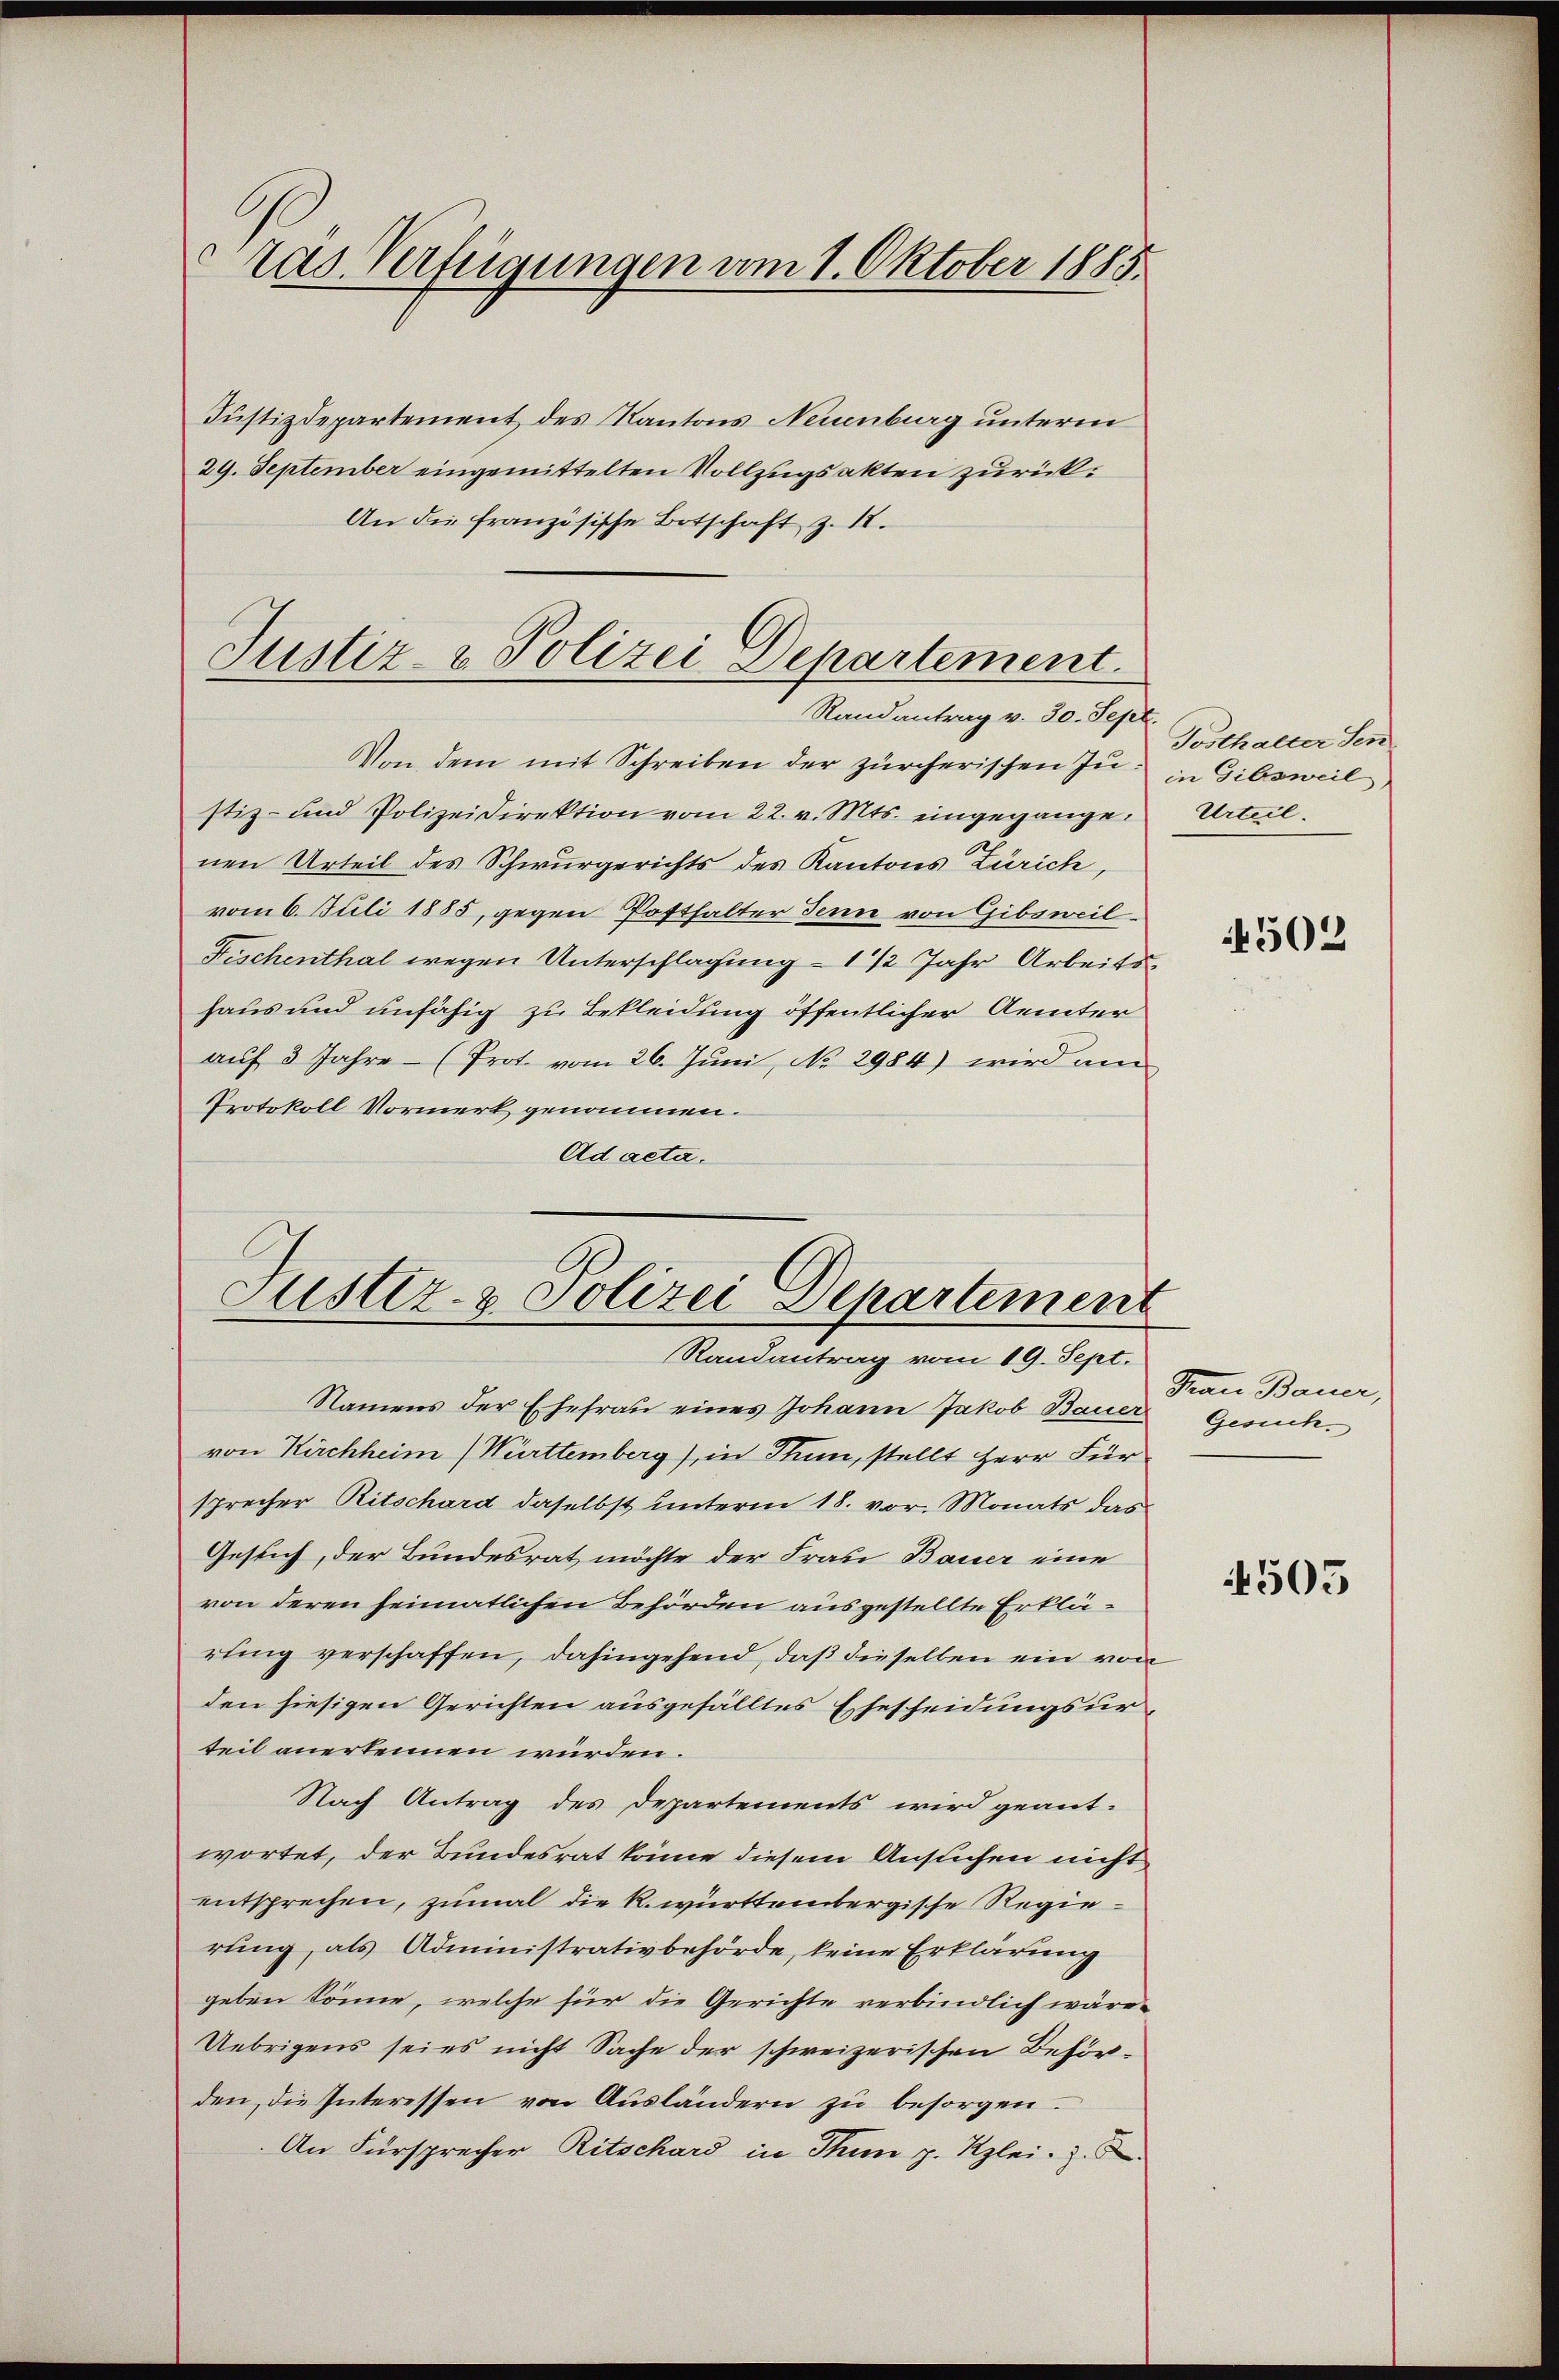
as Verfügungen am 1. Oktober 1885.

Justizdepartement des Kantons Neuenburg unterm
29. September eingemittelten Vollzugsakten zurück.
An die französische Botschaft z. 18.
Justiz- & Polizei Departement.

Randantrag v. 30. Sept.

Von dem mit Schreiben der zürcherischen In- in Gibsweil
stiz- und Polizeidirektion vom 22. v. Mts. eingegangen Urteil.
nen Urteil des Schwurgerichts des Kantons Zürich,
vom 6. Juli 1885, gegen Posthalter denn von Gibsweil¬
Fischenthal wegen Unterschlagung – 1/2 Jahr Arbeitshaus und unfähig zu Bekleidung öffentlicher Aemter
aŭf 3 Jahre (Prot. vom 26. Juni, No 2984) wird am
Protokoll Vormerk genommen.
Ad acta.

Justiz- & Polizei Departement
Randantrag vom 19. Sept.

Tosthalter Sen

Namens der Ehefrau eines Johann Jakob Bauer
von Kirchheim (Württemberg), in Thun, stellt Herr Für
sprecher Ritschard daselbst unterm 18. vor. Monats das
Gesuch, der Bundesrat möchte der Frau Bauer eine
von deren heimatlichen Behörden ausgestellte Erklärling verschaffen, dahingehend, daß dieselben ein von
den hiesigen Gerichten ausgefälltes Ehescheidungsurteil anerkennen würden.
Nach Antrag des Departements wird geant-
wortet, der Bundesrat könne diesem Ansuchen nicht
entsprechen, zumal die k. württembergische Regierung, als Administrativbehörde, keine Erklärung
geben könne, welche für die Gerichte verbindlich wäre.
Uebrigens seies nicht Sache der schweizerischen Behörden, die Interessen von Ausländern zu besorgen.
An Fürsprecher Ritschard in Thun p. Kzlei. Z. 5

4502

Mau Bauer,
Gesuch.

4505